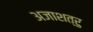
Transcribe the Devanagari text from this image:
अजाशत्रु